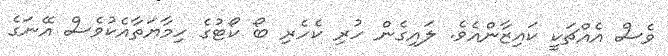
ވެސް އެއްޗަކީ ކައިޒާންއެވެ. ލައިގެން ހުރި ކެހެރި ބޯ ކޯޓުގެ ހިމާޔަތާއެކުވެސް އޭނަގެ